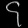
Digit: ၄